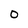
Character: O